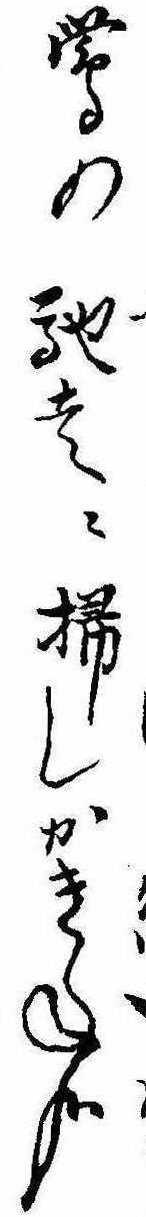
鴬の馳走に掃しかきね哉